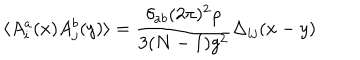
LaTeX: \langle A _ { i } ^ { a } ( x ) A _ { j } ^ { b } ( y ) \rangle = \frac { \delta _ { a b } ( 2 \pi ) ^ { 2 } \rho } { 3 ( N - 1 ) g ^ { 2 } } \Delta _ { i j } ( x - y )